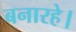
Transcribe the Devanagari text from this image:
बनारहे।